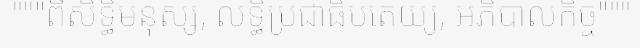
"""ពីសិទ្ធិមនុស្ស, លទ្ធិប្រជាធិបតេយ្យ, អភិបាលកិច្ច"""